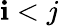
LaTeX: \mathbf{i}<j